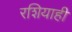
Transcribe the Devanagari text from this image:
रशियाही